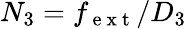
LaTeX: N_{3}=f_{\mathrm{~e~x~t~}}/D_{3}